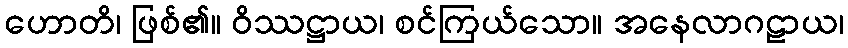
ဟောတိ၊ ဖြစ်၏။ ဝိဿဋ္ဌာယ၊ စင်ကြယ်သော။ အနေလာဂဠာယ၊